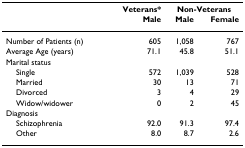
<table><thead><tr><td></td><td><b>Veterans*</b></td><td colspan="2"><b>Non-Veterans</b></td></tr><tr><td></td><td><b>Male</b></td><td><b>Male</b></td><td><b>Female</b></td></tr></thead><tbody><tr><td>Number of Patients (n)</td><td>605</td><td>1,058</td><td>767</td></tr><tr><td>Average Age (years)</td><td>71.1</td><td>45.8</td><td>51.1</td></tr><tr><td>Marital status</td><td></td><td></td><td></td></tr><tr><td> Single</td><td>572</td><td>1,039</td><td>528</td></tr><tr><td> Married</td><td>30</td><td>13</td><td>71</td></tr><tr><td> Divorced</td><td>3</td><td>4</td><td>29</td></tr><tr><td> Widow/widower</td><td>0</td><td>2</td><td>45</td></tr><tr><td>Diagnosis</td><td></td><td></td><td></td></tr><tr><td> Schizophrenia</td><td>92.0</td><td>91.3</td><td>97.4</td></tr><tr><td> Other</td><td>8.0</td><td>8.7</td><td>2.6</td></tr></tbody></table>